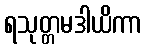
ရသုတ္တမဒါယိကာ